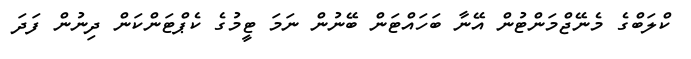
ކްލަބްގެ މެނޭޖްމަންޓުން އޭނާ ބަހައްޓަން ބޭނުން ނަމަ ޓީމުގެ ކެޕްޓަންކަން ދިނުން ފަދަ